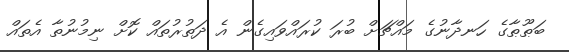
ބަޠޫޠާގެ ހަނދާނުގެ މައްޗަށް ބުރަ ކުރައްވައިގެން އެ ދަތުރުތައް ކޮށް ނިމުނުތާ އެތައް